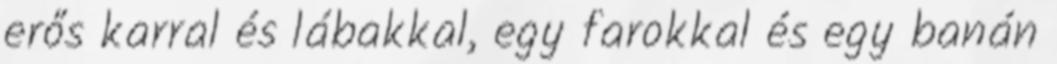
erős karral és lábakkal, egy farokkal és egy banán